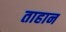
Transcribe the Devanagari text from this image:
ताहान